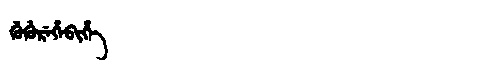
Manchu: ᡤᡠᡤᡠᡵᡝᡥᡝᠪᡳᡥᡝ
Romanization: GUGUREHEBIHE